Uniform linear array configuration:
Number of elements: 48
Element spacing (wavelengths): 0.5
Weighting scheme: exponential
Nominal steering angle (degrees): -45
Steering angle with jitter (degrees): -46.965
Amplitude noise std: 0.05
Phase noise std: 0.05

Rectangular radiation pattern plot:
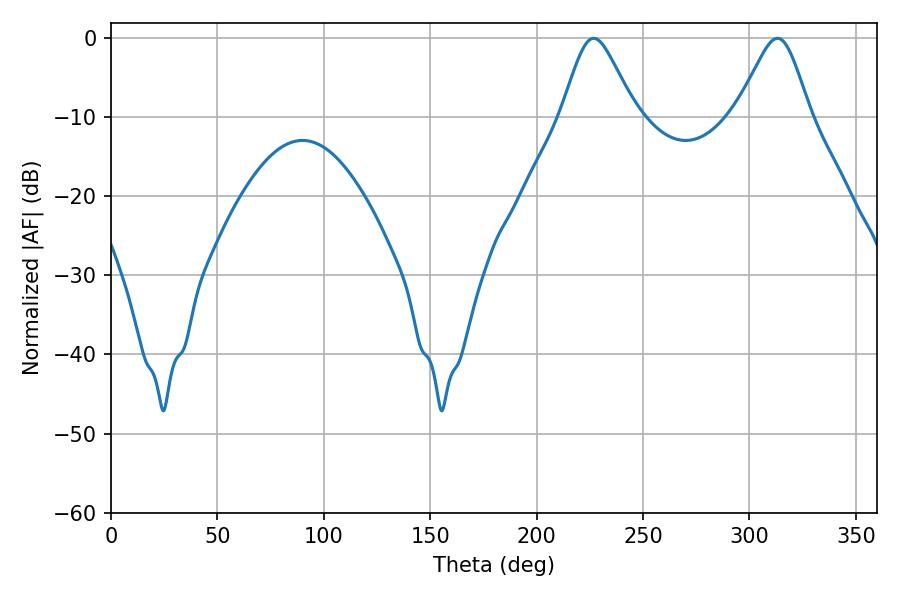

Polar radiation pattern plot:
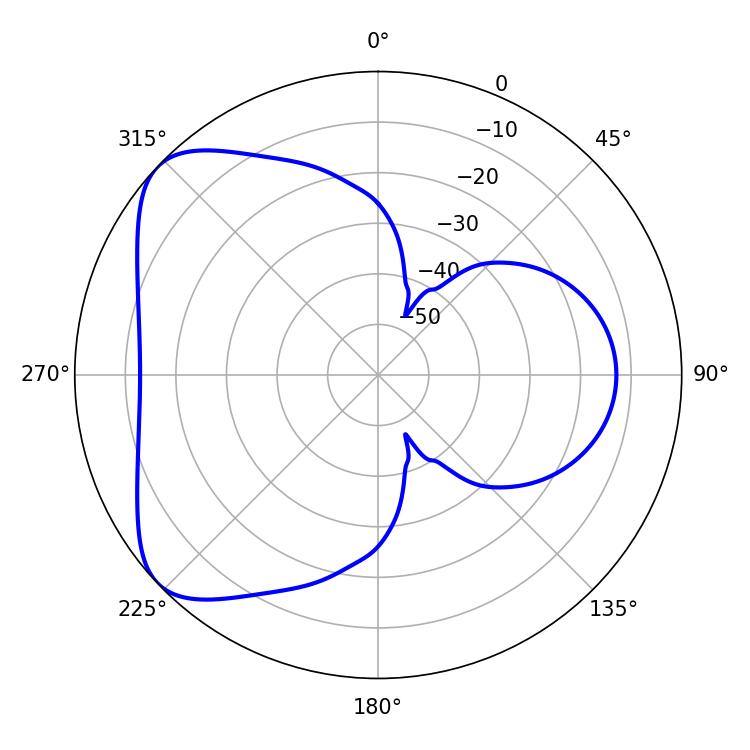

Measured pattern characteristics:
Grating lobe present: FALSE
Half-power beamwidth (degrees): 16.92
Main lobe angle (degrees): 226.8